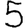
Digit: 5